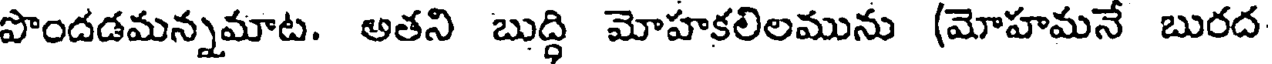
పొందడమన్నమాట. అతని బుద్ధి మోహకలిలమును (మోహమనే బురద